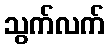
သွက်လက်